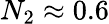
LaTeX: N_{2}\approx 0.6